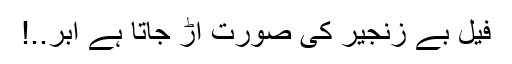
فیلِ بے زنجیر کی صورت اڑ جاتا ہے ابر..!